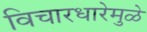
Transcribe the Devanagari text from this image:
विचारधारेमुळे